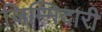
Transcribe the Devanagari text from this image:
ज़िम्मिदारी